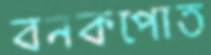
বনকপোত